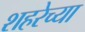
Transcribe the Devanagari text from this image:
शहरेच्या